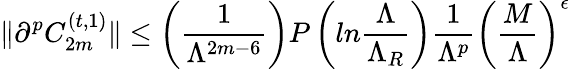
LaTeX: \| \partial^{p}C_{2m}^{(t,1)}\| \leq\left({\frac{1}{\Lambda^{2m-6}}}\right)P\left(ln{\frac{\Lambda}{\Lambda_{R}}}\right){\frac{1}{\Lambda^{p}}}\left({\frac{M}{\Lambda}}\right)^{\epsilon}